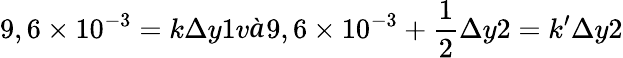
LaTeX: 9,6\times 10^{-3}=k\Delta y1và9,6\times 10^{-3}+\frac{1}{2}\Delta y2=k’\Delta y2